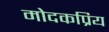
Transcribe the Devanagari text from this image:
मोदकप्रिय